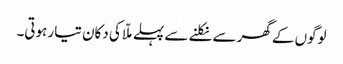
لوگوں کے گھر سے نکلنے سے پہلے ملّا کی دکان تیار ہوتی۔